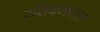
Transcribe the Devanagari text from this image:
रसिकमनात